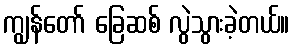
ကျွန်တော် ခြေဆစ် လွဲသွားခဲ့တယ်။